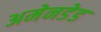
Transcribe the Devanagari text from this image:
अमेनडेड